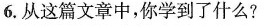
6.从这篇文章中，你学到了什么?